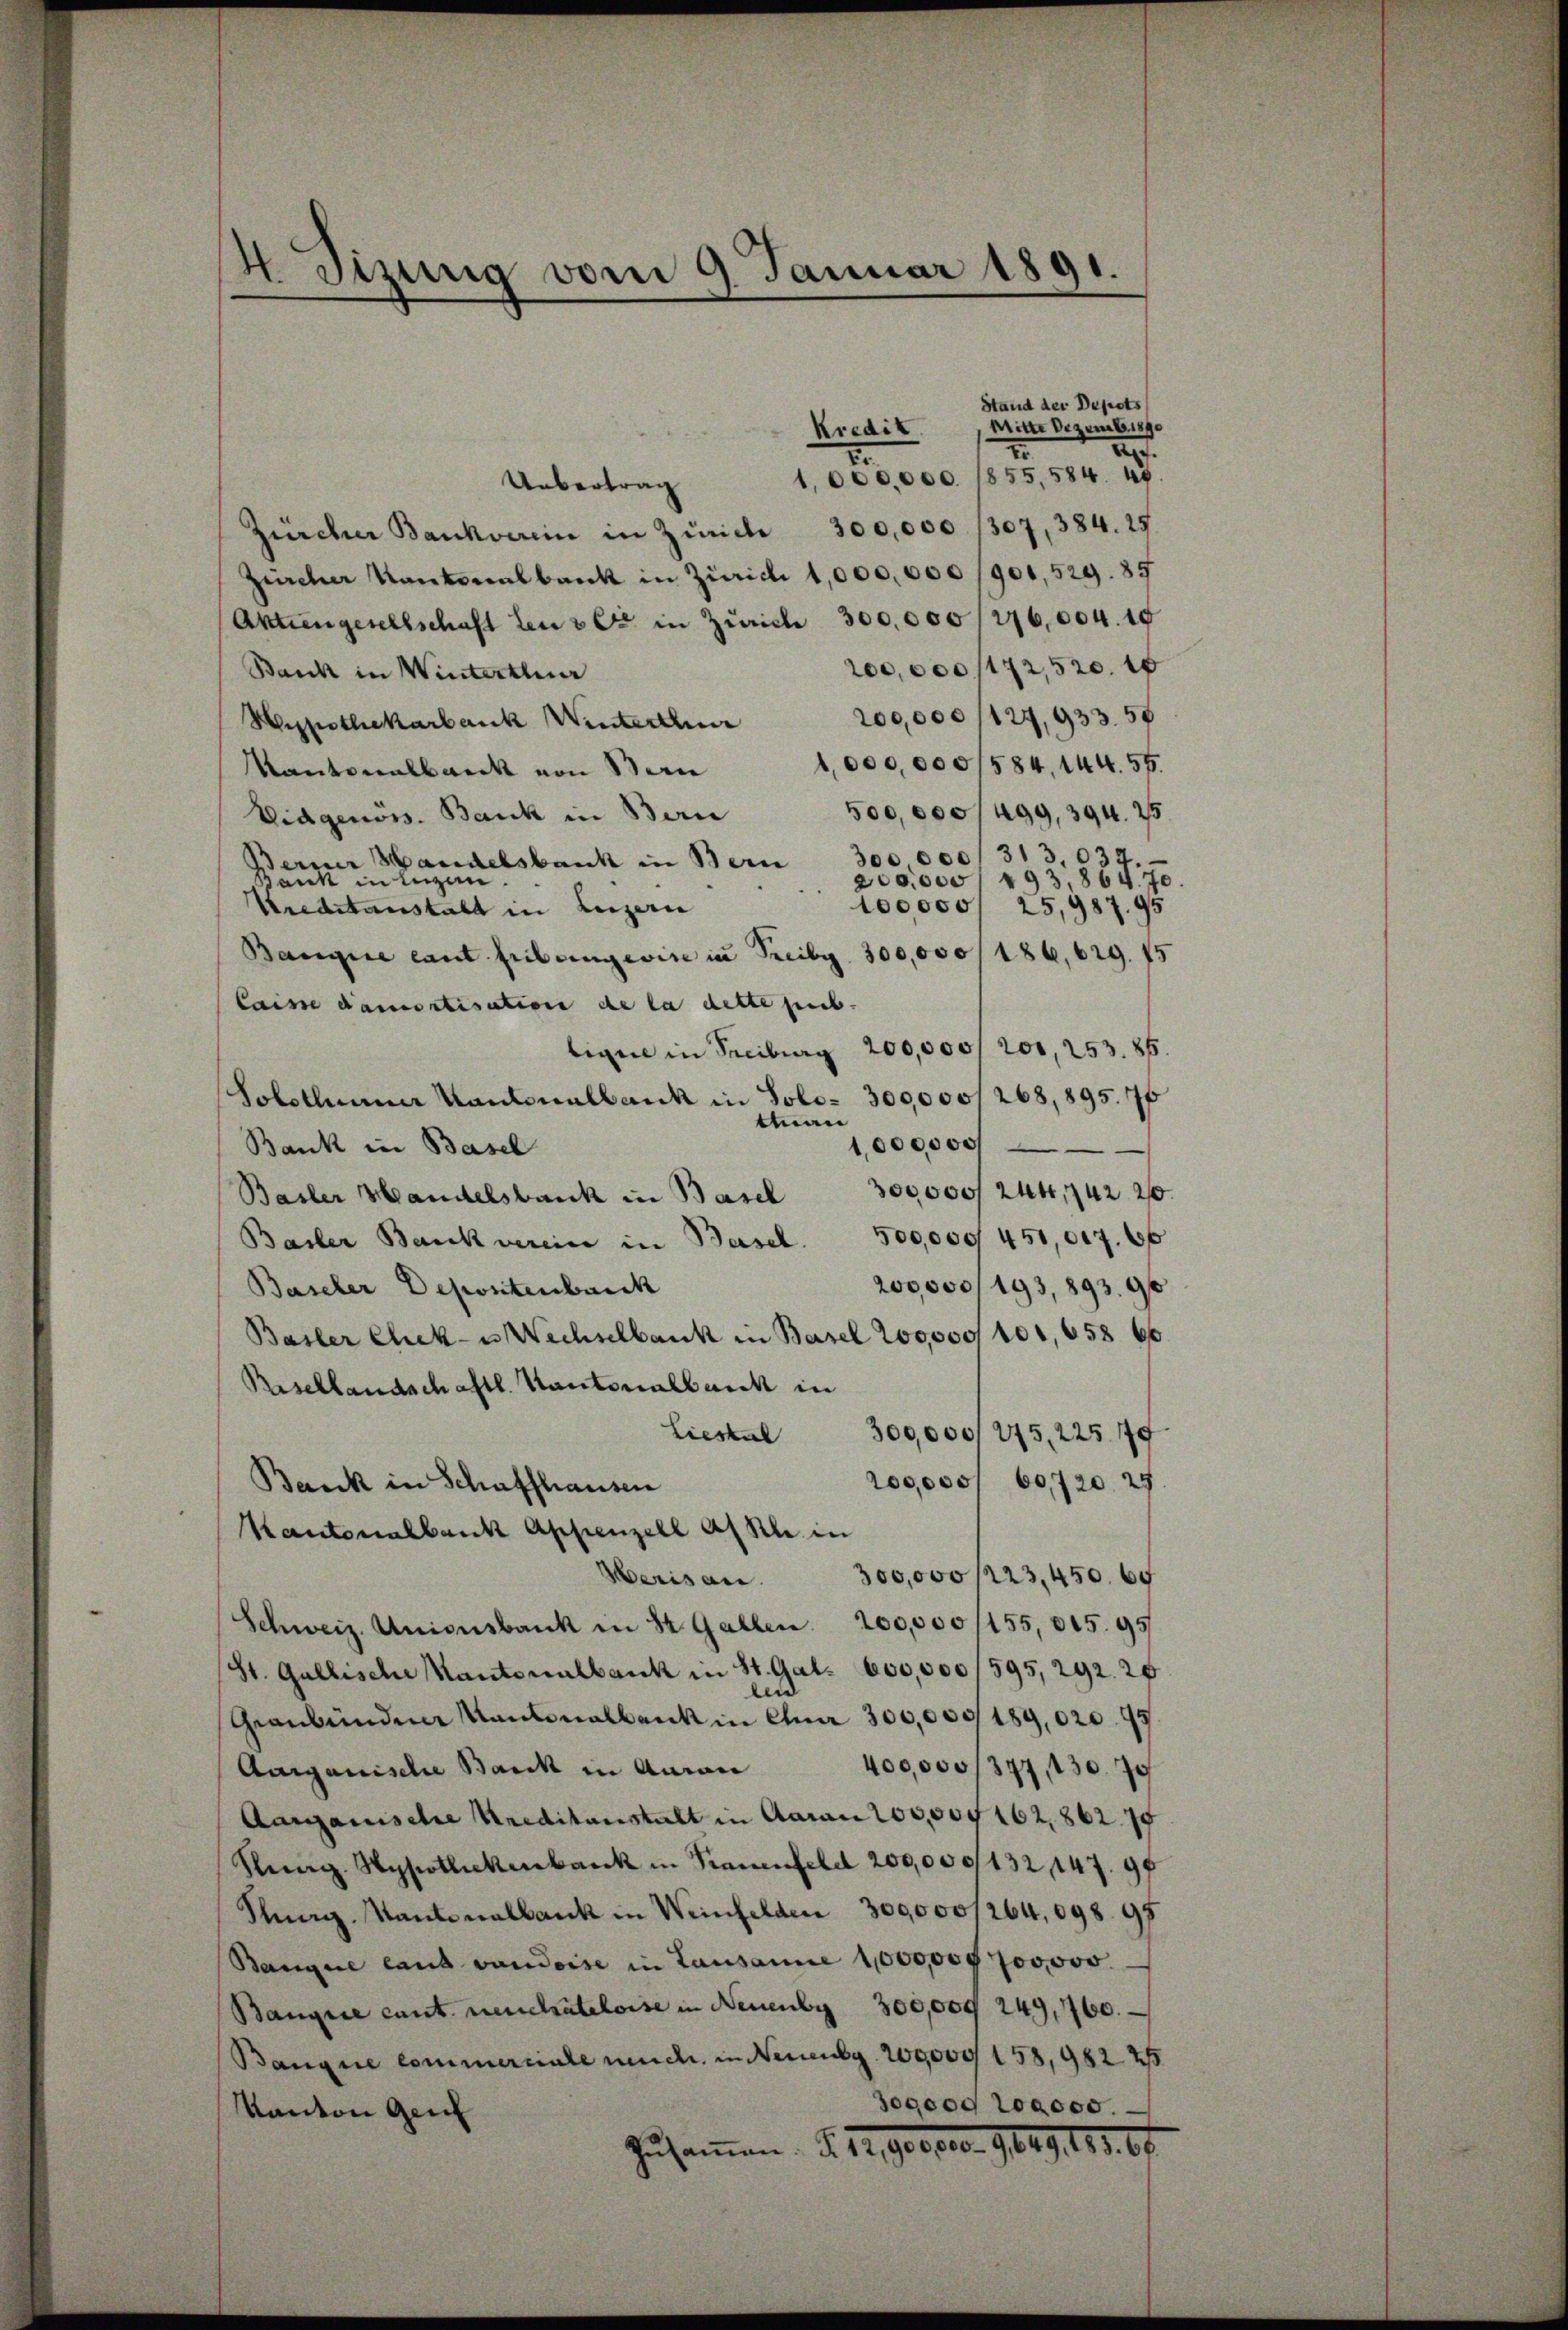
4. Tizung vom 9. Januar 1891.

Stand der Depots
Mitte Dezemb. 1890
kredit.
2.
2
.
1,000,000. 1855, 584. 49.
Uebertrag
Zürcher Bankverein in Zürich 300,000 /307, 384. 25.
Zürcher Kantonalbank in Zürich 1,000,000/901,529. 85
Aktiengesellschaft den 2 C in Zürich 300,000 /276,004. 10
200,000/172,520. 10
Bank in Winterthur
200,000/127,933. 58
Hypothekarbank Winterthur
1,000,000/584,144. 55.
Kantonalbank von Sein
500,000/499, 394. 25
Eidgenöss. Bank in Bern
300,000/ 313, 1
Berner Handelsbank in Bern
93,867. 70.
Bank in ligen
200,000
100,000/25,987. 95
Kreditanstalt in Luzern
Bangire cant Fribungevise in Preibg. 300,000/186, 629. 75
laisse damortisation de la dette sub.
200,000/200, 253. 86.
bigen in Freiburg
268,895. 76
Solothurner Kantonalbank in Solo- 300,000
tman
1,000000
Bank in Basel
Basler Handelsbank in Basel 300,000/ 244,742. 20.
Basler Bankverein in Beisel. 500,000 451,007. 66
200,000/193, 893. 90
Baseler Depontenbarck
Basler Chek- u Wechselbank in Basel 200,000, 101, 658 66
Besellandschaftl. Kantonalbank in
300,000/275, 225. 179
Liestal
200,000/ 60720. 27
Bank in Schaffhausen
Kantonalbank Appenzell a/Rh. in
300,000/223,450. 64
Heris an.
Schweiz. Unionsbank in St. Gallen 200,000/155, 015. 95
St. Gallische Kantonalbank in St. Gal. 600,000 (595, 292. 26
leid
Graubündner Kantonalbank in Chur 300,000/189, 020.99
400,000/377, 130. 70
Aargauische Bank in Anrai
Aargauische Kreditanstalt in Aaran 200,004 162,862. 75
Ring. Hypothekenbank in Strauenfeld 200,000/132 147. 97
Purg. Kantonalbank in Weinfelden 300,000/264,098 97
Bangire laut vaudoise in Lausanne 1,000,000 700,000.
Bangire cant neuerateloise in Neuenby 300,009 249,760.
Banque commerciale mich in Neuenbg. 200,000 158, 962. 2
3ogo09 200000.
Kanton Gen
Zusammen. §. 12. Gespec. 9649. 111. 67